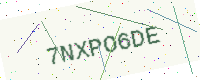
Text: 7NXPO6DE